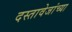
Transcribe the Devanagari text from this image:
दस्तावेजांच्या